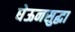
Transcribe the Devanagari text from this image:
घेऊनसुद्धा